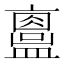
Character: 𥃂